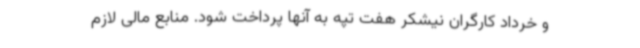
و خرداد کارگران نیشکر هفت تپه به آنها پرداخت شود. منابع مالی لازم